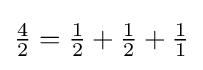
{\tfrac {4}{2}}={\tfrac {1}{2}}+{\tfrac {1}{2}}+{\tfrac {1}{1}}